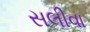
સલીવા